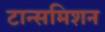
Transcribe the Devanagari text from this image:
टान्समिशन